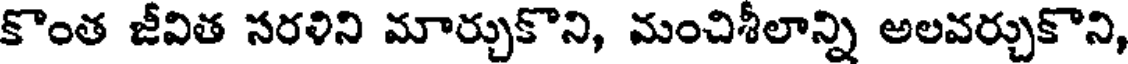
కొంత జీవిత సరళిని మార్చుకొని, మంచిశీలాన్ని అలవర్చుకొని,